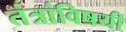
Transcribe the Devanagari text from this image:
तंत्रांविषयी